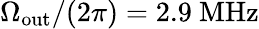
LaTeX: \Omega_{\mathrm{out}}/(2\pi)=2.9~\mathrm{MHz}